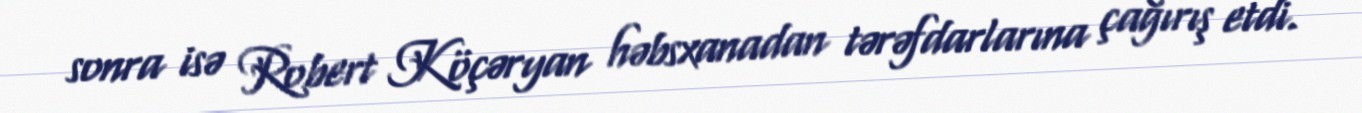
sonra isə Robert Köçəryan həbsxanadan tərəfdarlarına çağırış etdi.